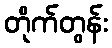
တိုက်တွန်း